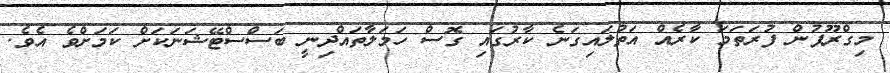
މިގްރޫޕުން ފުރަތަމަ ކާރެއް އަތުލައިގަނެ ކާރުގައި ގޮސް ހަމަލާތައްދިނީ ބަސްސްޓޭޝަނަކަށް ކަމަށްވެ އެވެ.